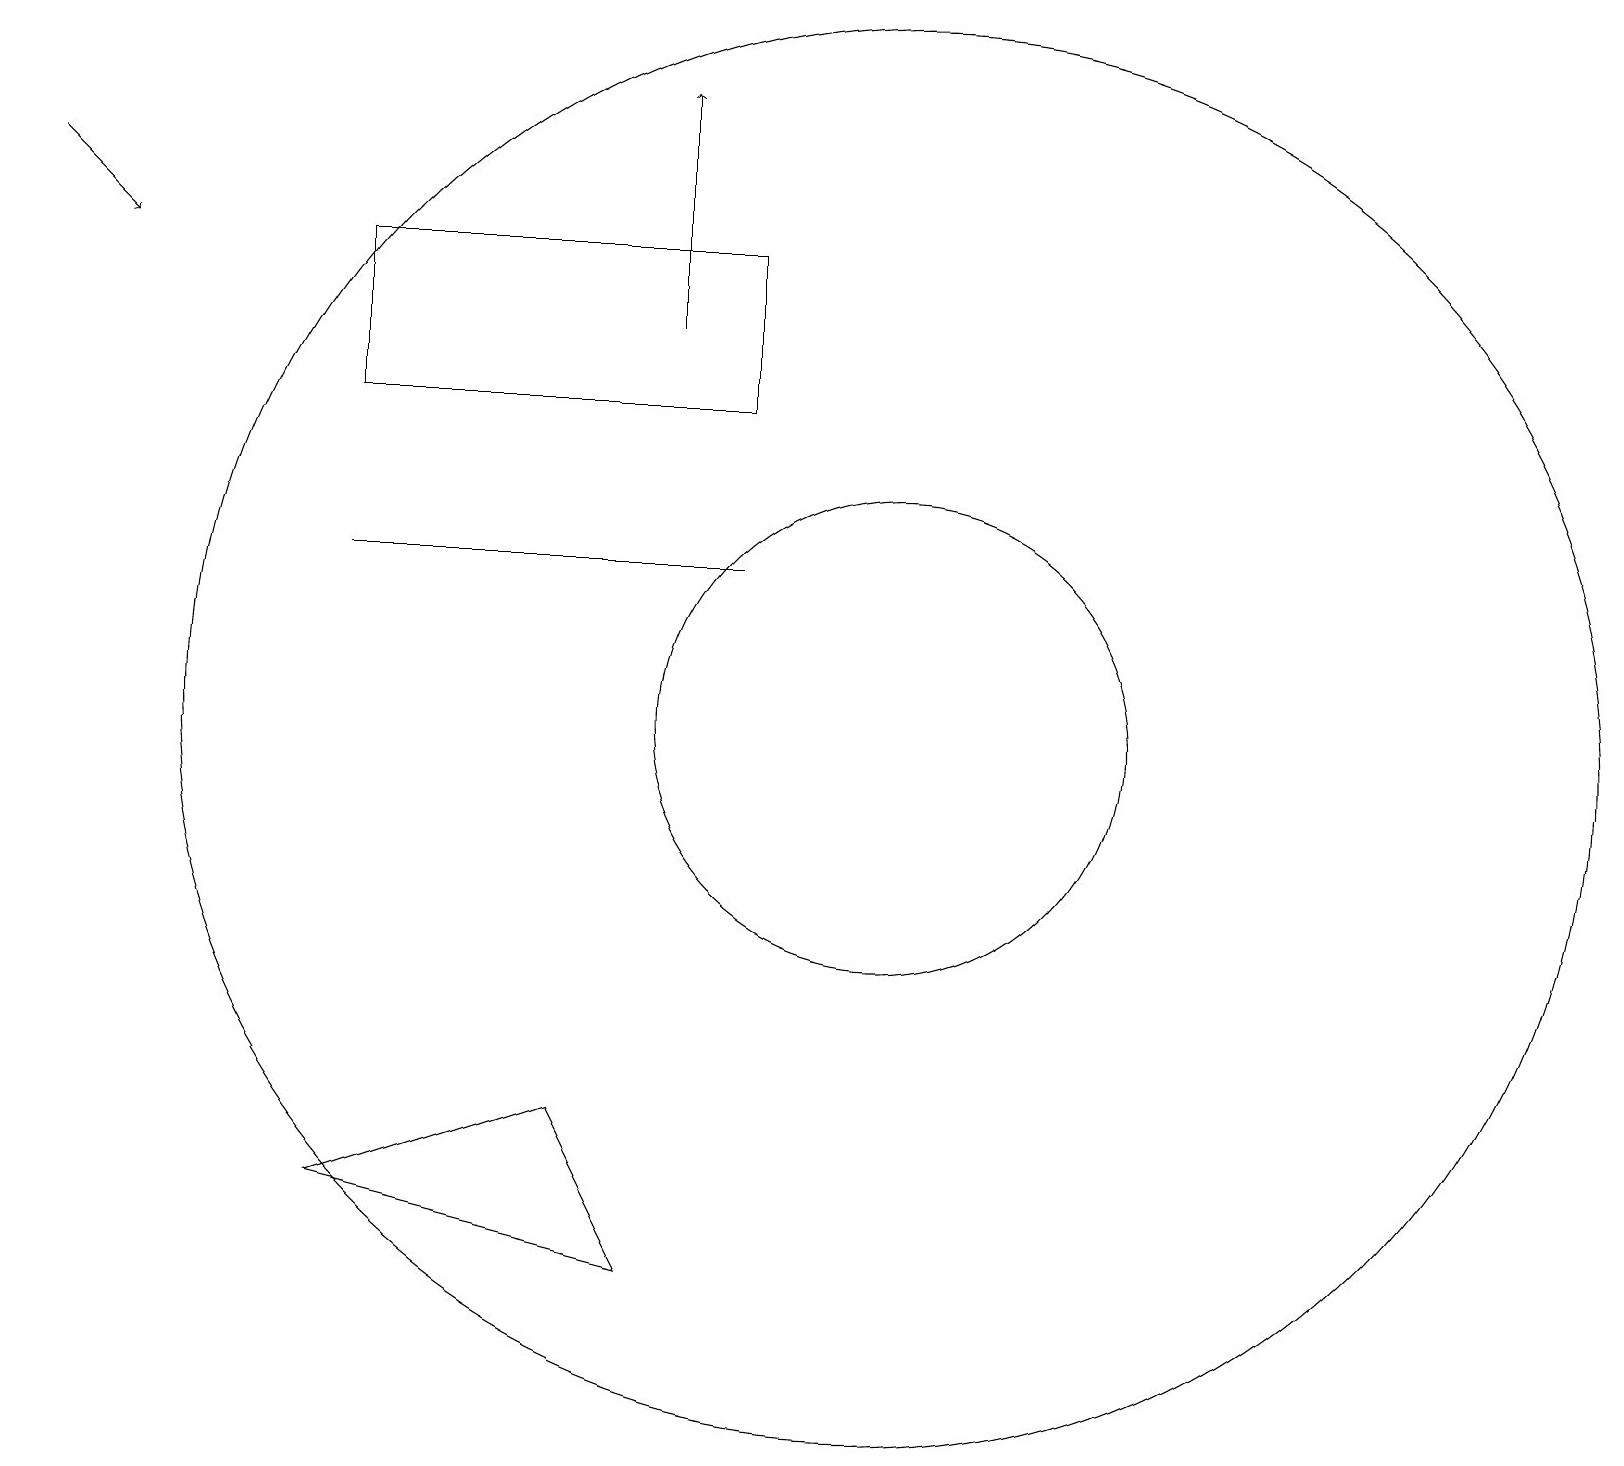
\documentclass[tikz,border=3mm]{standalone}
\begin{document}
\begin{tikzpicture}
\draw (11,11) circle (3);
\draw (11,11) circle (9);
\draw (9,13) rectangle (4,13);
\draw (8,4) -- (4,5) -- (7,6) -- cycle;
\draw[->] (8,16) -- (8,19);
\draw[->] (0,18) -- (1,17);
\draw (4,15) rectangle (9,17);
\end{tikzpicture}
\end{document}